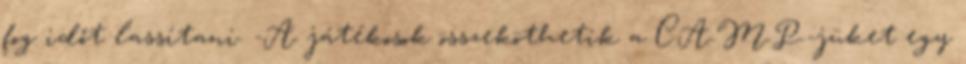
fog időt lassítani. -A játékosok összeköthetik a C.A.M.P.-jüket egy